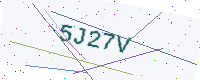
Text: 5J27V